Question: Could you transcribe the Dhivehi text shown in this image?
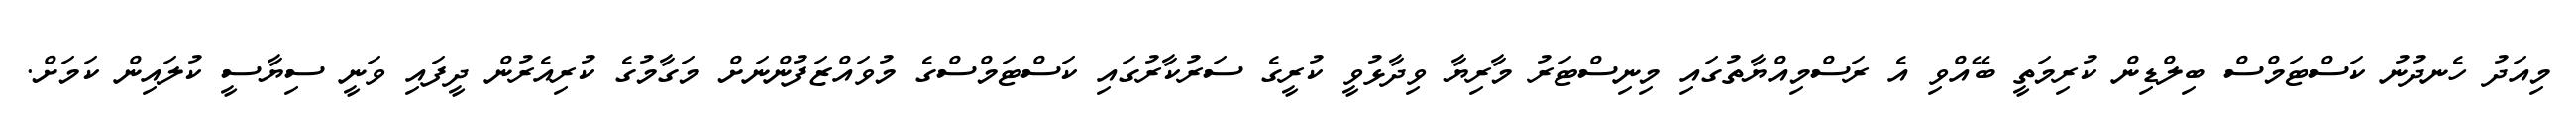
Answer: މިއަދު ހެނދުނު ކަސްޓަމްސް ބިލްޑިން ކުރިމަތީ ބޭއްވި އެ ރަސްމިއްޔާތުގައި މިނިސްޓަރު މާރިޔާ ވިދާޅުވީ ކުރީގެ ސަރުކާރުގައި ކަސްޓަމްސްގެ މުވައްޒަފުންނަށް މަގާމުގެ ކުރިއެރުން ދީފައި ވަނީ ސިޔާސީ ކުލައިން ކަމަށް.